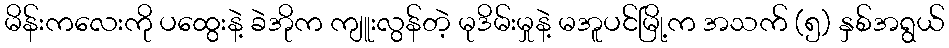
မိန်းကလေးကို ပထွေးနဲ့ ခဲအိုက ကျူးလွန်တဲ့ မုဒိမ်းမှုနဲ့ မအူပင်မြို့က အသက် (၅) နှစ်အရွယ်